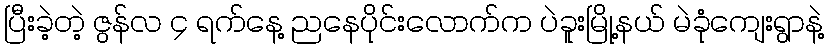
ပြီးခဲ့တဲ့ ဇွန်လ ၄ ရက်နေ့ ညနေပိုင်းလောက်က ပဲခူးမြို့နယ် မဲခုံကျေးရွာနဲ့